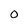
Character: 0